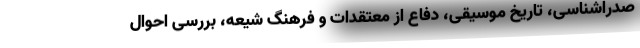
صدراشناسی، تاریخ موسیقی، دفاع از معتقدات و فرهنگ شیعه، بررسی احوال